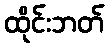
ထိုင်းဘတ်